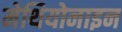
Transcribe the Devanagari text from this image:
मेथियोनाइन